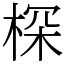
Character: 棎